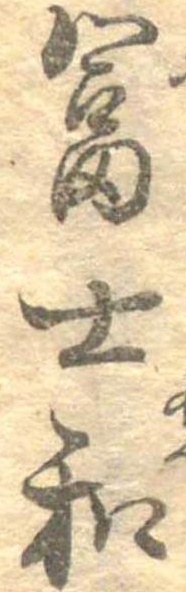
富士和